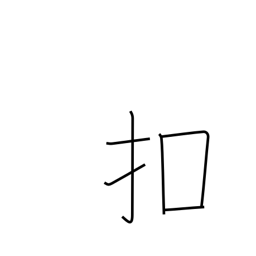
Meaning: tap